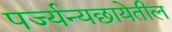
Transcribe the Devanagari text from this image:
पर्ज्यन्यछायेतील